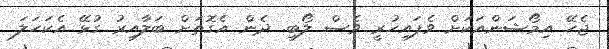
ޖެހޭ އިމޯޝަންއަކަށް ވެފައިހުރީ ވެސް ލޯބި. ދެން އެގޮތަށް ބަލާއިރު ގުޅޭ އެކަހަލަ